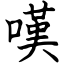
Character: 嘆